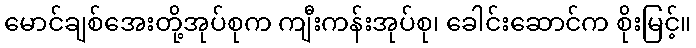
မောင်ချစ်အေးတို့အုပ်စုက ကျီးကန်းအုပ်စု၊ ခေါင်းဆောင်က စိုးမြင့်။